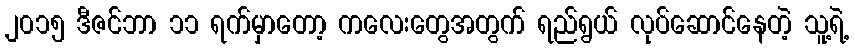
၂၀၁၅ ဒီဇင်ဘာ ၁၁ ရက်မှာတော့ ကလေးတွေအတွက် ရည်ရွယ် လုပ်ဆောင်နေတဲ့ သူ့ရဲ့